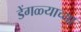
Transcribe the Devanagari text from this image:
डेंगळ्याच्या